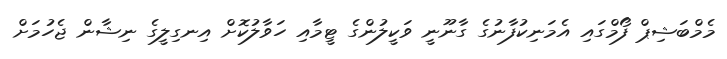
މެމްބަޝިޕް ފޯމްގައި އެމަނިކުފާނުގެ ގާނޫނީ ވަކީލުންގެ ޓީމާއި ހަވާލުކޮށް އިނގިލީގެ ނިޝާން ޖެހުމަށް